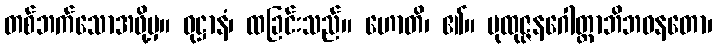
တစ်ဘက်သောအဖို့မှ။ ဝုဋ္ဌာနံ၊ ထခြင်းသည်။ ဟောတိ၊ ၏။ ပုထုဇ္ဇနဂေါတ္တာဘိဘဝနတော၊